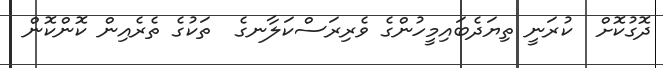
ދޮގުކޮށް  ކުރަނީ ތިޔަދެބައިމީހުންގެ ވެރިރަސްކަލާނގެ  ތަކުގެ ތެރެއިން ކޮންކޮން